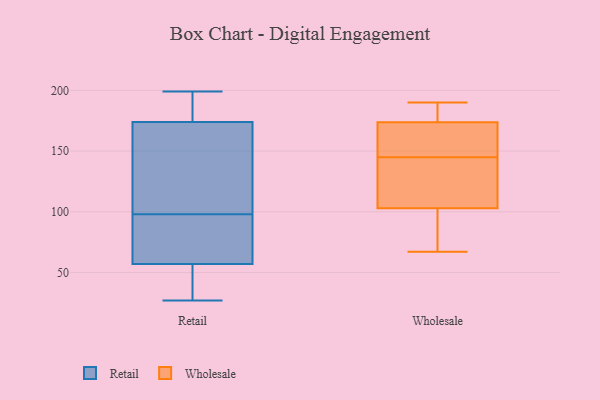
{"axis": {"x": "Humidity (%)", "y": "Value"}, "legend": ["Retail", "Wholesale"], "data": [{"x": "", "y": 143, "type": "Retail"}, {"x": "", "y": 174, "type": "Retail"}, {"x": "", "y": 67, "type": "Retail"}, {"x": "", "y": 98, "type": "Retail"}, {"x": "", "y": 145, "type": "Retail"}, {"x": "", "y": 174, "type": "Retail"}, {"x": "", "y": 44, "type": "Retail"}, {"x": "", "y": 100, "type": "Retail"}, {"x": "", "y": 179, "type": "Retail"}, {"x": "", "y": 57, "type": "Retail"}, {"x": "", "y": 62, "type": "Retail"}, {"x": "", "y": 188, "type": "Retail"}, {"x": "", "y": 27, "type": "Retail"}, {"x": "", "y": 57, "type": "Retail"}, {"x": "", "y": 80, "type": "Retail"}, {"x": "", "y": 199, "type": "Retail"}, {"x": "", "y": 49, "type": "Retail"}, {"x": "", "y": 163, "type": "Wholesale"}, {"x": "", "y": 150, "type": "Wholesale"}, {"x": "", "y": 88, "type": "Wholesale"}, {"x": "", "y": 145, "type": "Wholesale"}, {"x": "", "y": 189, "type": "Wholesale"}, {"x": "", "y": 106, "type": "Wholesale"}, {"x": "", "y": 67, "type": "Wholesale"}, {"x": "", "y": 190, "type": "Wholesale"}, {"x": "", "y": 177, "type": "Wholesale"}, {"x": "", "y": 138, "type": "Wholesale"}, {"x": "", "y": 102, "type": "Wholesale"}, {"x": "", "y": 122, "type": "Wholesale"}, {"x": "", "y": 102, "type": "Wholesale"}, {"x": "", "y": 164, "type": "Wholesale"}, {"x": "", "y": 180, "type": "Wholesale"}]}